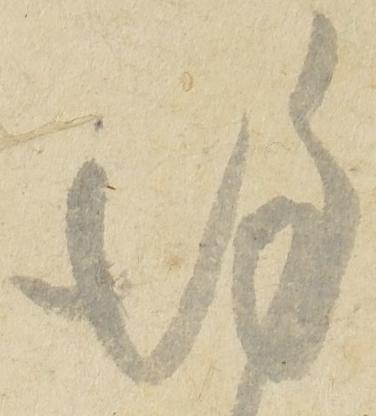
謹